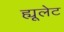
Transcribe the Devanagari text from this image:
ह्यूलेट